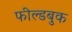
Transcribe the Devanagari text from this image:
फील्डबुक